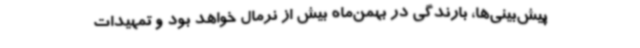
پیش‌بینی‌ها، بارندگی در بهمن‌ماه بیش از نرمال خواهد بود و تمهیدات